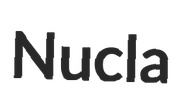
Nucla